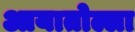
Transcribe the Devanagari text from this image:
आयातोल्ला